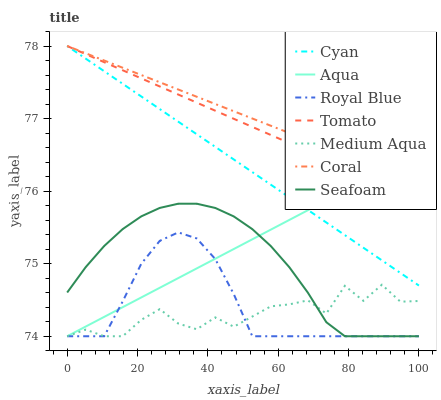
| xaxis_label | Cyan | Aqua | Royal Blue | Tomato | Medium Aqua | Coral | Seafoam |
 | --- | --- | --- | --- | --- | --- | --- | --- |
 | 0 | 78 | 74 | 74 | 78 | 74 | 78 | 74.6 |
 | 5.26 | 77.8 | 74.1 | 74 | 77.9 | 74.1 | 77.9 | 75 |
 | 10.5 | 77.7 | 74.3 | 74 | 77.8 | 74 | 77.8 | 75.2 |
 | 15.8 | 77.5 | 74.4 | 74.5 | 77.7 | 74 | 77.7 | 75.5 |
 | 21.1 | 77.3 | 74.5 | 75 | 77.6 | 74.2 | 77.6 | 75.7 |
 | 26.3 | 77.1 | 74.7 | 75.3 | 77.4 | 74.4 | 77.5 | 75.8 |
 | 31.6 | 77 | 74.8 | 75.4 | 77.3 | 74.2 | 77.4 | 75.8 |
 | 36.8 | 76.8 | 74.9 | 75.3 | 77.2 | 74.1 | 77.3 | 75.8 |
 | 42.1 | 76.6 | 75.1 | 75.1 | 77.1 | 74.3 | 77.2 | 75.8 |
 | 47.4 | 76.4 | 75.2 | 74.6 | 77 | 74.1 | 77.1 | 75.7 |
 | 52.6 | 76.3 | 75.3 | 74 | 76.9 | 74.3 | 77 | 75.5 |
 | 57.9 | 76.1 | 75.5 | 74 | 76.8 | 74.4 | 76.9 | 75.2 |
 | 63.2 | 75.9 | 75.6 | 74 | 76.7 | 74.4 | 76.8 | 75 |
 | 68.4 | 75.7 | 75.7 | 74 | 76.6 | 74.5 | 76.7 | 74.6 |
 | 73.7 | 75.6 | 75.9 | 74 | 76.4 | 74.3 | 76.6 | 74.2 |
 | 78.9 | 75.4 | 76 | 74 | 76.3 | 74.7 | 76.5 | 74 |
 | 84.2 | 75.2 | 76.1 | 74 | 76.2 | 74.5 | 76.4 | 74 |
 | 89.5 | 75 | 76.3 | 74 | 76.1 | 74.7 | 76.3 | 74 |
 | 94.7 | 74.9 | 76.4 | 74 | 76 | 74.5 | 76.2 | 74 |
 | 100 | 74.7 | 76.5 | 74 | 75.9 | 74.5 | 76.1 | 74 |